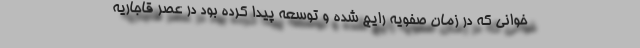
خوانی که در زمان صفویه رایج شده و توسعه پیدا کرده بود در عصر قاجاریه